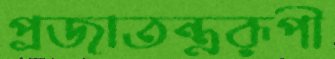
প্রজাতন্ত্ররূপী